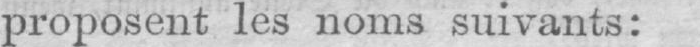
proposent les noms suivants: